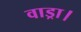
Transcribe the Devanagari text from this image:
वाड्रा।